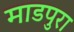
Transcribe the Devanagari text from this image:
माडपुरा